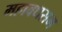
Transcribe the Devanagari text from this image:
महावधसम